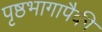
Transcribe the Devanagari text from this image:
पृष्ठभागापैकी